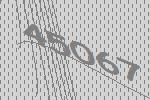
45067